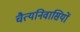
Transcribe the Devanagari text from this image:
चैत्यनिवासियों